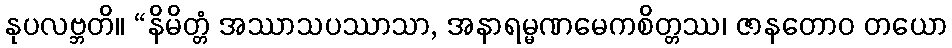
နုပလဗ္ဘတိ။ “နိမိတ္တံ အဿာသပဿာသာ, အနာရမ္မဏမေကစိတ္တဿ၊ ဇာနတောဝ တယော